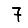
Digit: 7